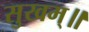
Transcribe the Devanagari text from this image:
सुखम्॥